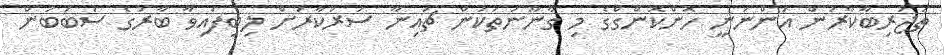
ތަޖުރިބާކާރުން އަންނަނީ ހޮންކޮންގްގެ މި ގާނޫނުތަކުން ޗައިނާ ސަރުކާރަށް ލިިބިފައިވާ ބާރުގެ ސަބަބުން